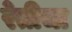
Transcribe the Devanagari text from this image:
रेतीचा